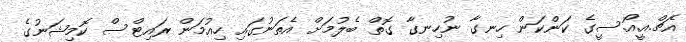
އެޗް.އީ.އޯ.ސީގެ ކަންކަން ހިނގާ ނުހިނގާ ގޮތް ބެލުމަށް އެތަނުގައި ހިއުމަން ރައިޓްސް ކޮމިޝަނުގެ